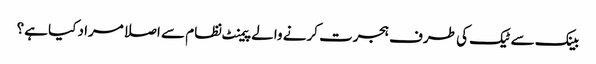
بینک سے ٹیک کی طرف ہجرت کرنے والے پیمنٹ نظام سے اصلا مراد کیا ہے؟